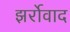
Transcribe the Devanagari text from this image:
झर्रोवाद